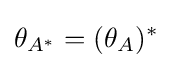
\theta _{A^{*}}=(\theta _{A})^{*}